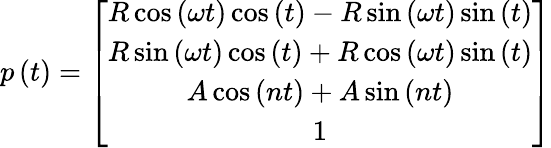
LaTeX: p\left(t\right)=\left[\begin{array}{c}{R\cos\left(\omega t\right)\cos\left(t\right)-R\sin\left(\omega t\right)\sin\left(t\right)}\\ {R\sin\left(\omega t\right)\cos\left(t\right)+R\cos\left(\omega t\right)\sin\left(t\right)}\\ {A\cos\left(nt\right)+A\sin\left(nt\right)}\\ {1}\end{array}\right]